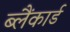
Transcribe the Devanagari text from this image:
ब्लैंकार्ड